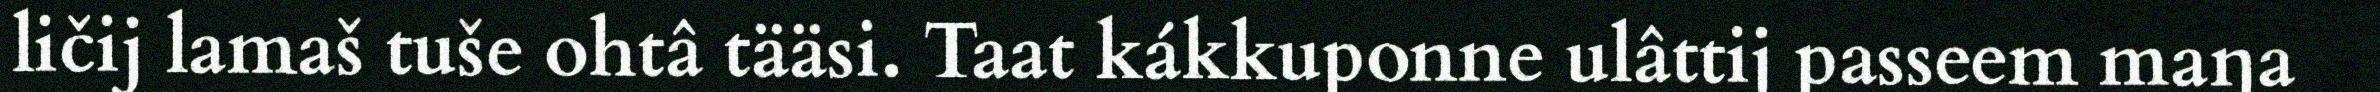
ličij lamaš tuše ohtâ tääsi. Taat kákkuponne ulâttij passeem maŋa